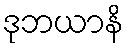
ဒုဘယာနိ